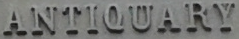
ANTIQUARY